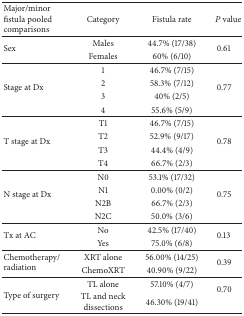
<table><thead><tr><td><b>Major/minor fistula pooled comparisons</b></td><td><b>Category</b></td><td><b>Fistula rate</b></td><td><b><i>P</i> value</b></td></tr></thead><tbody><tr><td rowspan="2">Sex</td><td>Males</td><td>44.7% (17/38)</td><td rowspan="2">0.61</td></tr><tr><td>Females</td><td>60% (6/10)</td></tr><tr><td rowspan="4">Stage at Dx</td><td>1</td><td>46.7% (7/15)</td><td rowspan="4">0.77</td></tr><tr><td>2</td><td>58.3% (7/12)</td></tr><tr><td>3</td><td>40% (2/5)</td></tr><tr><td>4</td><td>55.6% (5/9)</td></tr><tr><td rowspan="4">T stage at Dx</td><td>T1</td><td>46.7% (7/15)</td><td rowspan="4">0.78</td></tr><tr><td>T2</td><td>52.9% (9/17)</td></tr><tr><td>T3</td><td>44.4% (4/9)</td></tr><tr><td>T4</td><td>66.7% (2/3)</td></tr><tr><td rowspan="4">N stage at Dx</td><td>N0</td><td>53.1% (17/32)</td><td rowspan="4">0.75</td></tr><tr><td>N1</td><td>0.00% (0/2)</td></tr><tr><td>N2B</td><td>66.7% (2/3)</td></tr><tr><td>N2C</td><td>50.0% (3/6)</td></tr><tr><td rowspan="2">Tx at AC</td><td>No</td><td>42.5% (17/40)</td><td rowspan="2">0.13</td></tr><tr><td>Yes</td><td>75.0% (6/8)</td></tr><tr><td rowspan="2">Chemotherapy/radiation</td><td>XRT alone</td><td>56.00% (14/25)</td><td rowspan="2">0.39</td></tr><tr><td>ChemoXRT</td><td>40.90% (9/22)</td></tr><tr><td rowspan="2"> Type of surgery</td><td>TL alone</td><td>57.10% (4/7)</td><td rowspan="2">0.70</td></tr><tr><td>TL and neck dissections</td><td>46.30% (19/41)</td></tr></tbody></table>